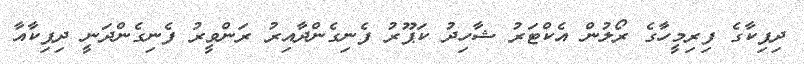
ދިޕިކާގެ ފިރިމީހާގެ ރޯލުން އެކްޓަރު ޝާހިދު ކަޕޫރު ފެނިގެންދާއިރު ރަންވީރު ފެނިގެންދަނީ ދިޕިކާއާ